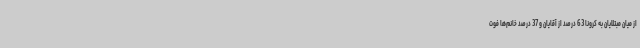
از میان مبتلایان به کرونا 63 درصد از آقایان و 37 درصد خانم‌ها فوت